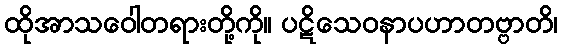
ထိုအာသဝေါတရားတို့ကို။ ပဋိသေဝနာပဟာတဗ္ဗာတိ၊